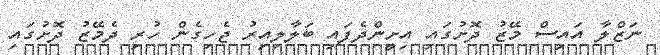
ނަޒްލާ އައިސް މޭޒު ދޮށުގައި އިށީންދެފައި ބަލާލިއިރު ޖެހިގެން ހުރި ދެމޭޒު ދޮށުގައި